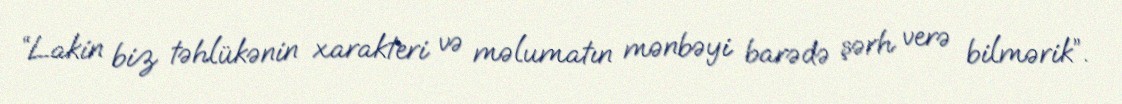
“Lakin biz təhlükənin xarakteri və məlumatın mənbəyi barədə şərh verə bilmərik”.